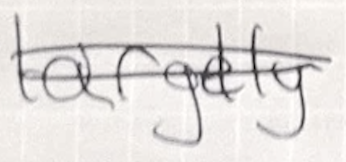
Text: largely
Cross-out: double-line
Writing tool: ballpoint